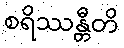
စရိဿန္တီတိ